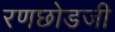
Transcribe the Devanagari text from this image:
रणछोडजी